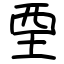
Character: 垔